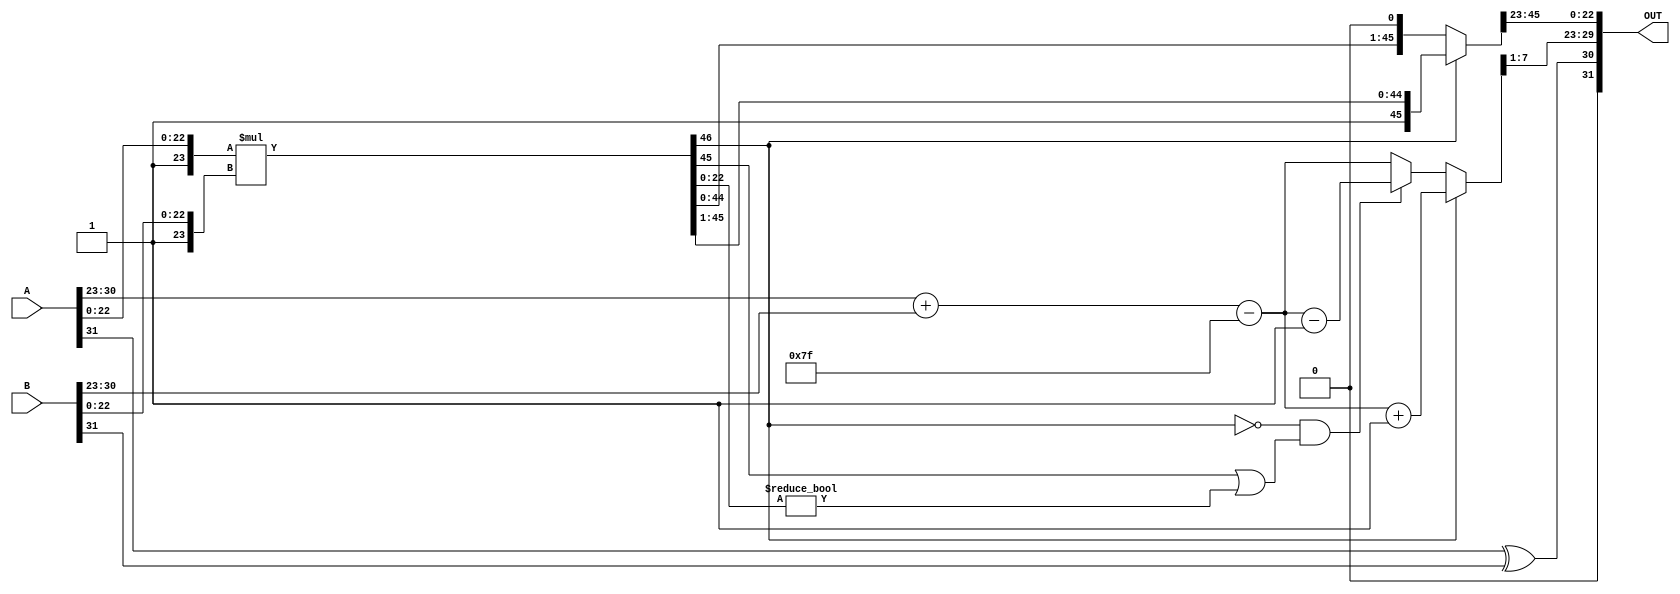
module floating_point_multiplier (
    input [31:0] A,  // First input floating-point number
    input [31:0] B,  // Second input floating-point number
    output reg [31:0] OUT // Output floating-point product
);

    // Constants
    localparam BIAS = 127;
    localparam EXPONENT_BITS = 8;
    localparam SIGNIFICAND_BITS = 23;

    // Decompose inputs
    wire S_A = A[31]; // Sign of A
    wire S_B = B[31]; // Sign of B
    wire [EXPONENT_BITS-1:0] E_A = A[30:23]; // Exponent of A
    wire [EXPONENT_BITS-1:0] E_B = B[30:23]; // Exponent of B
    wire [SIGNIFICAND_BITS-1:0] M_A = A[22:0]; // Significand of A
    wire [SIGNIFICAND_BITS-1:0] M_B = B[22:0]; // Significand of B

    // Sign Calculation
    wire S_OUT = S_A ^ S_B;

    // Exponent Calculation
    wire [EXPONENT_BITS:0] E_SUM = E_A + E_B; // E_A + E_B
    wire [EXPONENT_BITS:0] E_OUT = E_SUM - BIAS; // Adjust for bias

    // Significand Multiplication
    wire [SIGNIFICAND_BITS*2:0] M_OUT = {1'b1, M_A} * {1'b1, M_B}; // Multiply significands (include leading 1)

    // Normalization
    wire [SIGNIFICAND_BITS*2-1:0] normalized_significand;
    wire [EXPONENT_BITS:0] adjusted_exponent;
    wire normalization_shift_right;
    wire normalization_shift_left;

    // Determine if normalization is needed
    assign normalization_shift_right = M_OUT[SIGNIFICAND_BITS*2]; // Detect if M_OUT >= 2
    assign normalization_shift_left = !M_OUT[SIGNIFICAND_BITS*2] && (M_OUT[SIGNIFICAND_BITS*2-1] || (M_OUT[SIGNIFICAND_BITS-1:0] != 0)); // Detect if M_OUT < 1

    assign adjusted_exponent = normalization_shift_right ? (E_OUT + 1) : (normalization_shift_left ? (E_OUT - 1) : E_OUT);
    
    // Normalization Logic
    assign normalized_significand = normalization_shift_right ? (M_OUT >> 1) : (M_OUT << 1);
    
    // Final significand
    wire [SIGNIFICAND_BITS-1:0] final_significand = normalized_significand[SIGNIFICAND_BITS*2-1:SIGNIFICAND_BITS];

    // Special case handling (not fully implemented for simplicity)
    always @(*) begin
        // Handle special cases (NaN, Inf, Zero) here based on requirements
        // For now, simply assign values
        OUT = {S_OUT, adjusted_exponent[EXPONENT_BITS-1:1], final_significand};
    end

endmodule